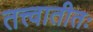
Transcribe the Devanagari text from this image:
तत्त्वातीतः